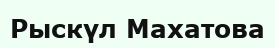
Рыскүл Махатова